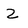
Character: Z